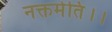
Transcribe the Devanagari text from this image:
नक्तमेति।।